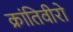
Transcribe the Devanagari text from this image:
क्रांतिवीरो